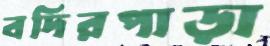
বদিরপাড়া